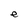
Character: e